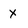
Character: X